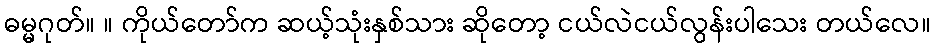
ဓမ္မဂုတ်။ ။ ကိုယ်တော်က ဆယ့်သုံးနှစ်သား ဆိုတော့ ငယ်လဲငယ်လွန်းပါသေး တယ်လေ။